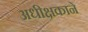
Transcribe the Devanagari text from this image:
अधीक्षकाने